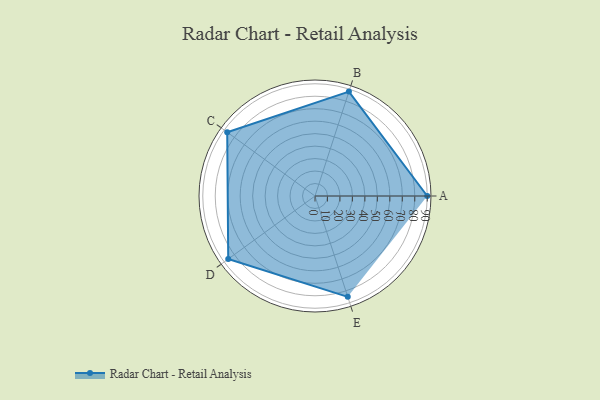
{"axis": {"x": "Skill", "y": "Score"}, "legend": ["Profile"], "data": [{"x": "A", "y": 90.0, "type": "Profile"}, {"x": "B", "y": 88.0, "type": "Profile"}, {"x": "C", "y": 87.0, "type": "Profile"}, {"x": "D", "y": 86.0, "type": "Profile"}, {"x": "E", "y": 85.0, "type": "Profile"}]}